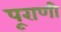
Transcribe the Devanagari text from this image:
पूराणी